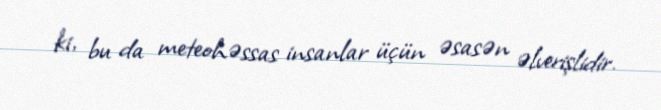
ki, bu da meteohəssas insanlar üçün əsasən əlverişlidir.